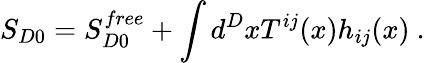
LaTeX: S_{D0}=S_{D0}^{free}+\int d^{D}xT^{ij}(x)h_{ij}(x)~.